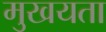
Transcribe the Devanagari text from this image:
मुखयता